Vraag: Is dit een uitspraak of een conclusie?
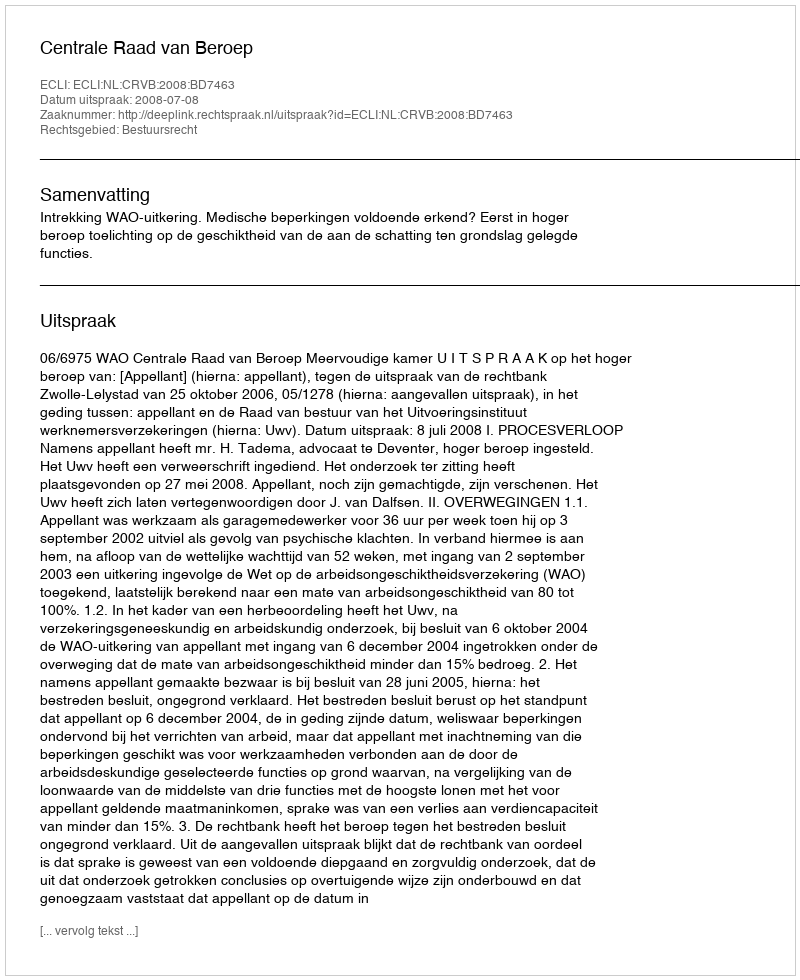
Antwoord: Uitspraak